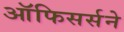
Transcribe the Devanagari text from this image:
ऑफिसर्सने